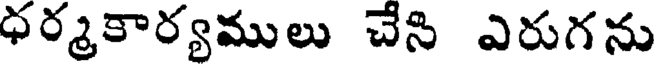
ధర్మకార్యములు చేని ఎరుగను